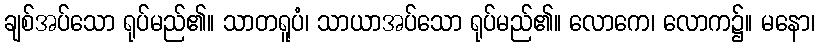
ချစ်အပ်သော ရုပ်မည်၏။ သာတရူပံ၊ သာယာအပ်သော ရုပ်မည်၏။ လောကေ၊ လောက၌။ မနော၊